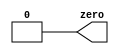
module top_module (
    output wire zero
);

    assign zero = 0;

endmodule